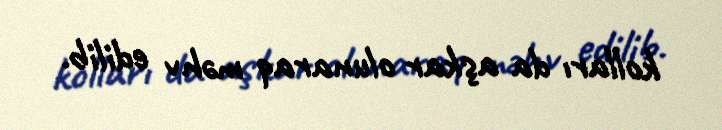
kolları da aşkar olunaraq məhv edilib.